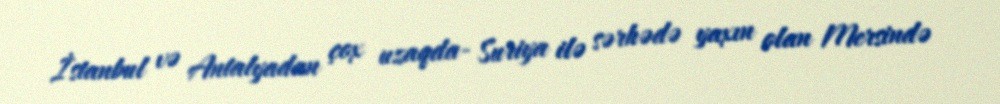
İstanbul və Antalyadan çox uzaqda- Suriya ilə sərhədə yaxın olan Mersində